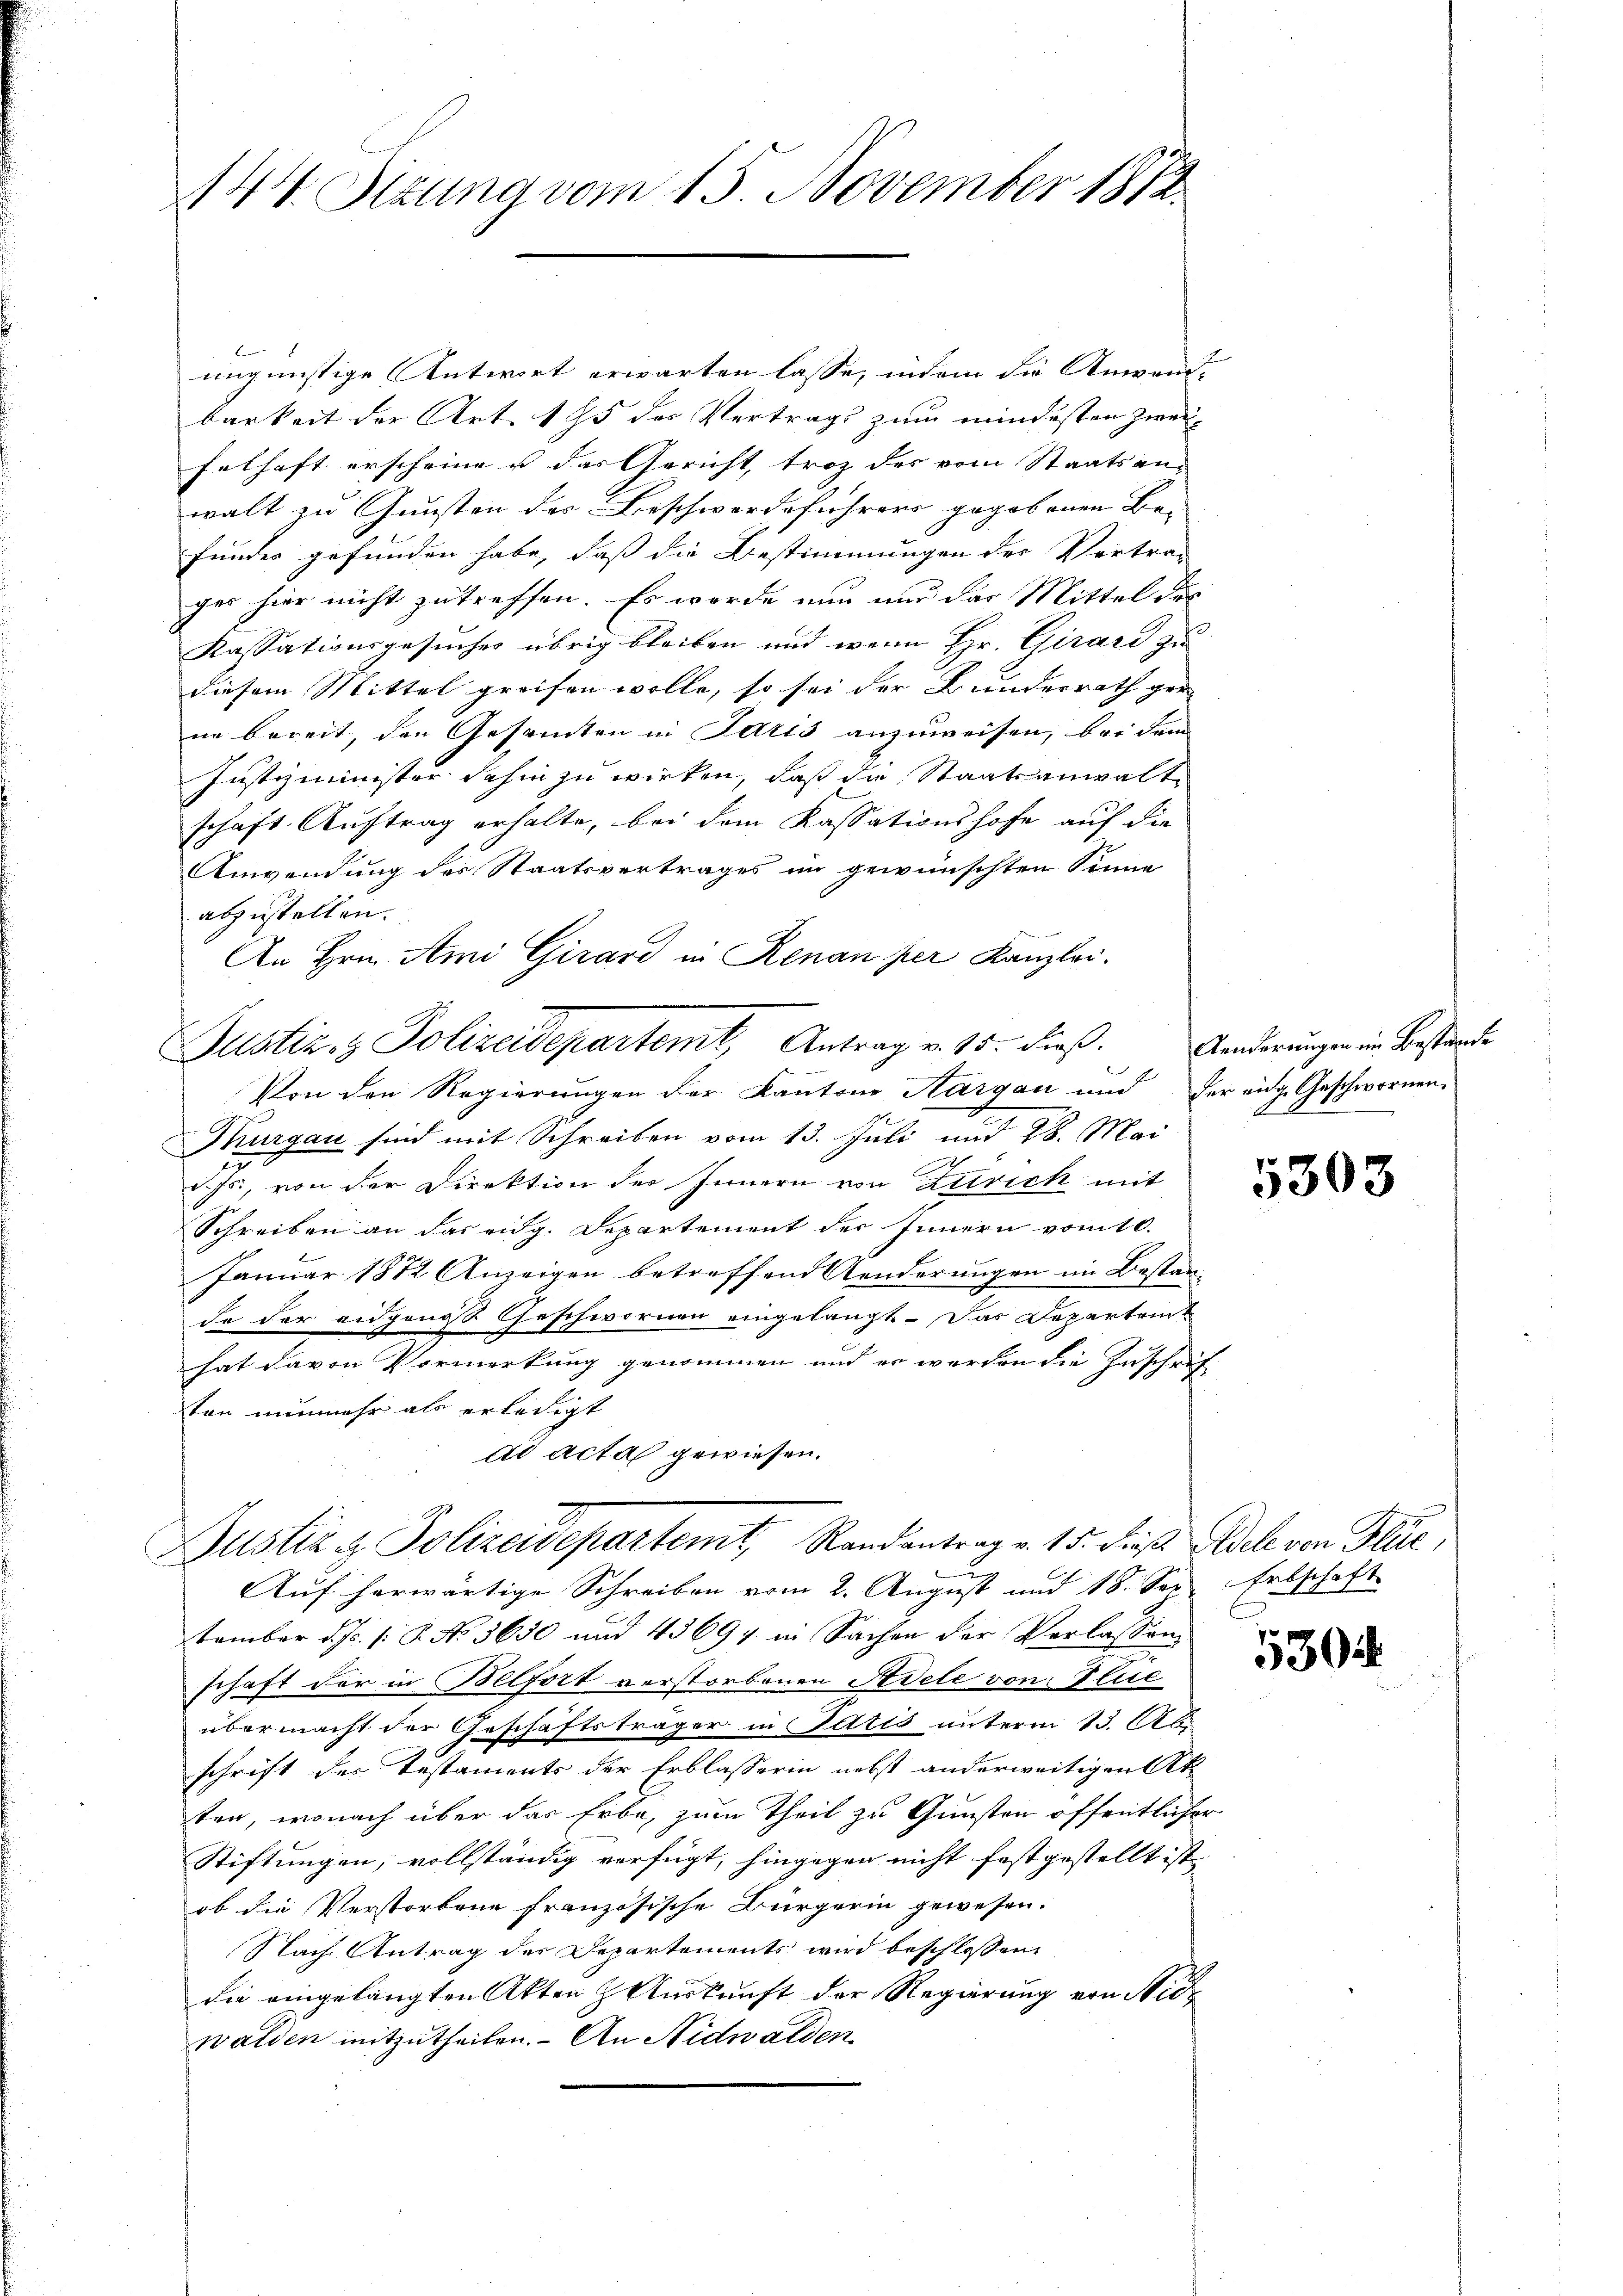
444 Stzung vom 15. November 1812.

ungünstige Antwort erwarten lasse, indem die Anwend-
barkeit der Art. 195 des Vertrags zum mindesten Zweifelhaft erscheine u das Gericht, troz des vom Staatsan-
walt zu Gunsten des Beschwerdeführers gegebenen Be- |
fundes gefunden habe, daß die Bestimmungen der Vortra-
ges hier nicht zutreffen. Es wurde nun und das Mittel der
Kassationsgesuches übrig bleiben und wenn Hr. Girard zu
diesem Mittel greifen wolle, so sei der Bunderrath ger
nn bereit, den Gesamten in Paris anzuweisen, bei dem
Justizminister dahin zu wirken, daß die Staatsanwaltschaft Auftrag erhalte, bei dem Kassationshofe auf die
Anwendung des Staatsvertrages im gewünschten Sinne
abzustellen.
An Hrn. Ami Girard in Renan per Kanzlei.
Von den Regierungen der Kantons Aargau und der eidg. Geschwornen-
Thurgau sind mit Schreiben vom 13. Juli und 28. Mai
h
3
ja, von der Direktion der Innern von Zürich mit
Schreiben an das eidg. Departement der Innern vomtl.
Januar 1872 Anzeigen betreffend Aenderungen im Bestan-
de der eidgenoss Geschwornen eingelangt. Das Departeit
hat davon Vormerkung genommen und er werden die Zuschrifton nunmehr als erledigt
dd acta gewiesen.
Justiz & Polizeidepartemt, Randentrag v. 15. dies Adel von Flüe,
2
Auf herwärtige Schreiben vom 2. August und 18. See. Erbschaft
tember d. Js. (: P. No. 3650 und 43694 in Sachen der Verlassen
schaft der in Belfort verstorbenen Adele von Flie
übermacht der Geschäftsträger in Iltis unterm 13. Ab
schrift des Testaments der Erblasserin nebst anderweitigen Ak
ten, wonach über das Erbe, zum Theil zu Gunsten öffentlicher
Stiftungen, vollständig verfügt, hingegen nicht festgestellt ist. |
ob die Verstorbene französische Bürgerin gewesen.
Nach Antrag der Departements wird beschlossen
die eingelangten Akten & Auskunft der Regierung von Nidwalden mitzutheilen. - An Nidwalden

Justiziz Polizeidepartemt, Antrag v. 15. dieß. Anderungen in Bestände

5303

5304